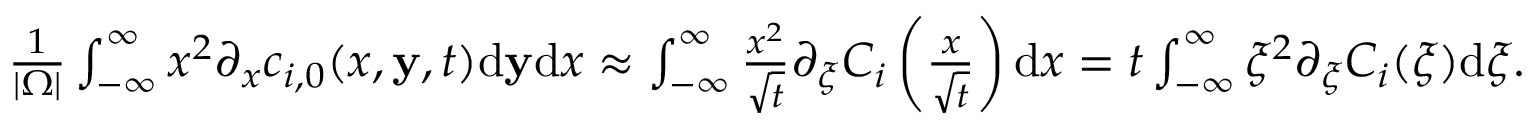
\begin{array} { r } { \frac { 1 } { | \Omega | } \int _ { - \infty } ^ { \infty } x ^ { 2 } \partial _ { x } c _ { i , 0 } ( x , \mathbf { y } , t ) \mathrm { d } \mathbf { y } \mathrm { d } x \approx \int _ { - \infty } ^ { \infty } \frac { x ^ { 2 } } { \sqrt { t } } \partial _ { \xi } C _ { i } \left( \frac { x } { \sqrt { t } } \right) \mathrm { d } x = t \int _ { - \infty } ^ { \infty } \xi ^ { 2 } \partial _ { \xi } C _ { i } ( \xi ) \mathrm { d } \xi . } \end{array}